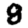
Digit: 8